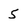
Character: 5